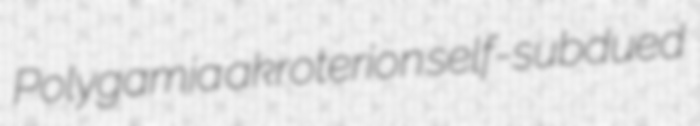
Polygamia akroterion self-subdued